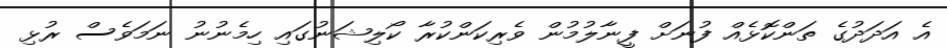
އެ އަދަދުގެ ތަންކޮޅެއް ފުނަށް ފީނާލުމުން ވެރިކަންކުރާ ކޯލިޝަނުގައި ހިމެނުނު ނަމަވެސް ރުޅި